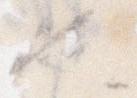
也